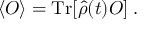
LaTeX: \langle { \cal O } \rangle = \mathrm { T r } [ \hat { \rho } ( t ) { \cal O } ] \; .